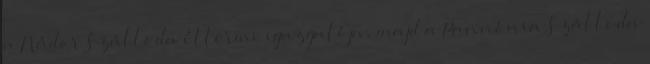
a Nádor Szálloda éttermi igazgatója, majd a Pannónia Szálloda